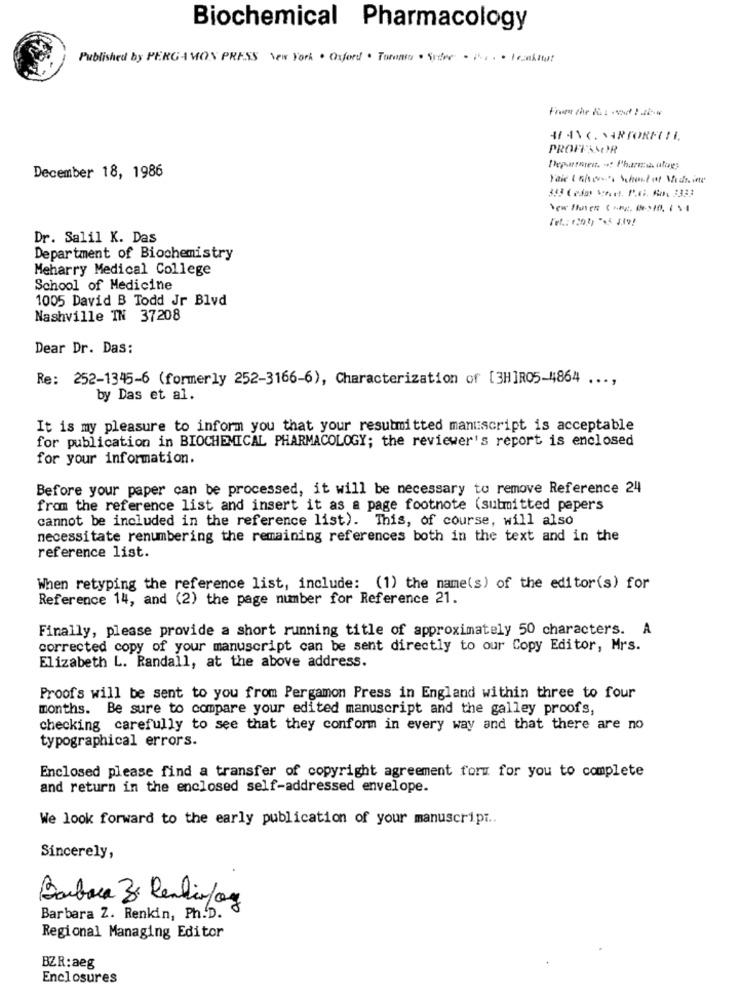
Biochemical Pharmacology
Published by PERGAMON PRESS New York . Oxford . Tomato . Siter . ... . lealitut
4/ AVC. WARTORECTI.
PROFESSOR
December 18, 1986
Yaic ( there's School of Medicine
313 Ceda wheel. P.G. Ho. 3333
Dr. Salil K. Das
Department of Biochemistry
Meharry Medical College
School of Medicine
1005 David B Todd Jr Blvd
Nashville IN 37208
Dear Dr. Das:
Re: 252-1345-6 (formerly 252-3166-6), Characterization of [3]]R05-4864 ...,
by Das et al.
It is my pleasure to inform you that your resubmitted manuscript is acceptable
for publication in BIOCHEMICAL PHARMACOLOGY; the reviewer's report is enclosed
for your information.
Before your paper can be processed, it will be necessary to remove Reference 24
from the reference list and insert it as a page footnote (submitted papers
cannot be included in the reference list). This, of course, will also
necessitate renumbering the remaining references both in the text and in the
reference list.
When retyping the reference list, include: (1) the name(s) of the editor(s) for
Reference 14, and (2) the page number for Reference 21.
Finally, please provide a short running title of approximately 50 characters. A
corrected copy of your manuscript can be sent directly to our Copy Editor, Mrs.
Elizabeth L. Randall, at the above address.
Proof's will be sent to you from Pergamon Press in England within three to four
months. Be sure to compare your edited manuscript and the galley proofs,
checking carefully to see that they conform in every way and that there are no
typographical errors.
Enclosed please find a transfer of copyright agreement form for you to complete
and return in the enclosed self-addressed envelope.
We look forward to the early publication of your manuscript ..
Sincerely,
Barbora 3: Renhirfor
Barbara Z. Renkin, Ph.D.
Regional Managing Editor
BZR:aeg
Enclosures